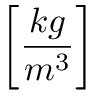
\bigg [ \frac { k g } { m ^ { 3 } } \bigg ]